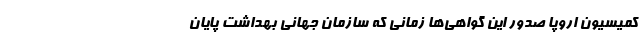
کمیسیون اروپا صدور این گواهی‌ها زمانی که سازمان جهانی بهداشت پایان